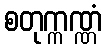
စတုက္ကဏ္ဏံ